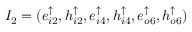
I _ { 2 } = ( e _ { i 2 } ^ { \uparrow } , h _ { i 2 } ^ { \uparrow } , e _ { i 4 } ^ { \uparrow } , h _ { i 4 } ^ { \uparrow } , e _ { o 6 } ^ { \uparrow } , h _ { o 6 } ^ { \uparrow } )